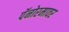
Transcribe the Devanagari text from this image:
पॅनोरमावर